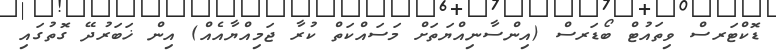
ޑޮކްޓަރސް ވިތައުޓް ބޯޑަރސް (އިންސާނިއްޔަތަށް މަސައްކަތް ކުރާ ޖަމިއްޔާއެއް) އިން ޚަބަރުދޭ ގޮތުގައި